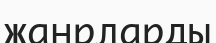
жанрларды